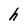
Character: h